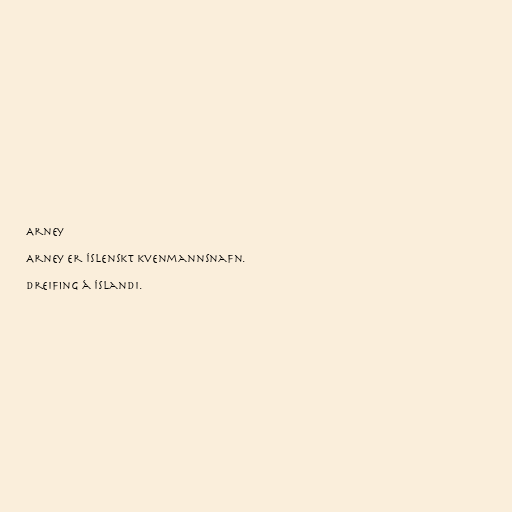
Arney

Arney er íslenskt kvenmannsnafn.

Dreifing á Íslandi.